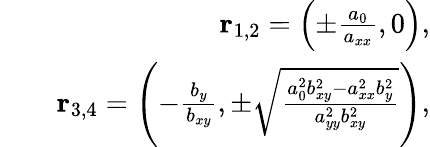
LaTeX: \begin{array}{rlr}&{}&{\mathbf{r}_{1,2}=\left(\pm\frac{a_{0}}{a_{xx}},0\right),}\\ &{}&{\mathbf{r}_{3,4}=\left(-\frac{b_{y}}{b_{xy}},\pm\sqrt{\frac{a_{0}^{2}b_{xy}^{2}-a_{xx}^{2}b_{y}^{2}}{a_{yy}^{2}b_{xy}^{2}}}\right),}\end{array}